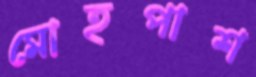
মোহপাশ